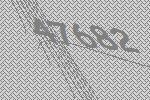
47682